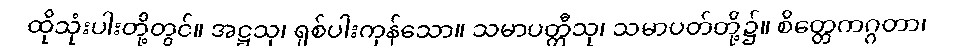
ထိုသုံးပါးတို့တွင်။ အဋ္ဌသု၊ ရှစ်ပါးကုန်သော။ သမာပတ္တီသု၊ သမာပတ်တို့၌။ စိတ္တေကဂ္ဂတာ၊